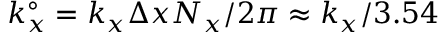
k _ { x } ^ { \circ } = k _ { x } \Delta x N _ { x } / 2 \pi \approx k _ { x } / 3 . 5 4